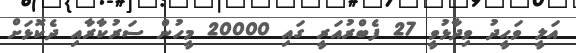
އަލީ ވަޙީދު ވިދާޅުވީ 27 ފެބްރުއަރީ ގައި 20000 މީހުން ސަރުކާރާއި ދެކޮޅަށް